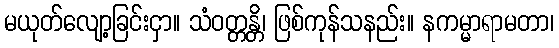
မယုတ်လျော့ခြင်းငှာ။ သံဝတ္တန္တိ၊ ဖြစ်ကုန်သနည်း။ နကမ္မာရာမတာ၊